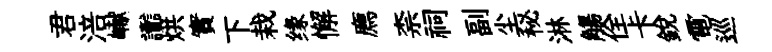
君涪𪩘讟烘實下栽缘懈廌柰祠副尘秘淋觴佺卡銳電巡